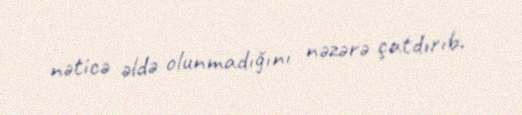
nəticə əldə olunmadığını nəzərə çatdırıb.